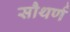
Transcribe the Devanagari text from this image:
सौथर्ण